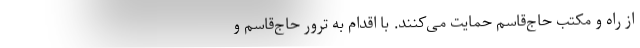
از راه و مکتب حاج‌قاسم حمایت می‌کنند. با اقدام به ترور حاج‌قاسم و